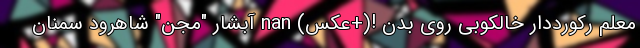
معلم رکورددار خالکوبی روی بدن !(+عکس) nan آبشار "مجن" شاهرود سمنان